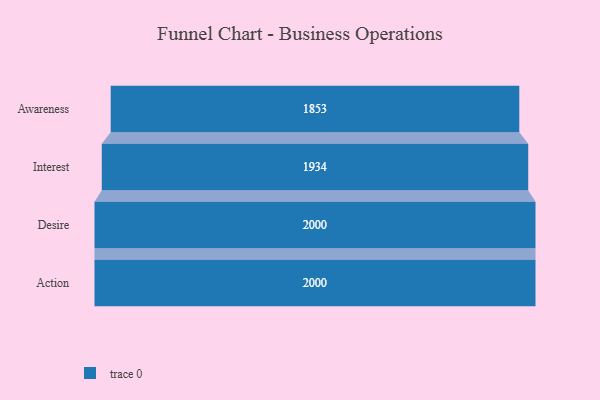
{"axis": {"x": "Stage", "y": "Value"}, "legend": [""], "data": [{"x": "Awareness", "y": 1853.0, "type": ""}, {"x": "Interest", "y": 1934.0, "type": ""}, {"x": "Desire", "y": 2000, "type": ""}, {"x": "Action", "y": 2000, "type": ""}]}